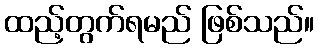
ထည့်တွက်ရမည် ဖြစ်သည်။